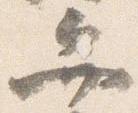
弁